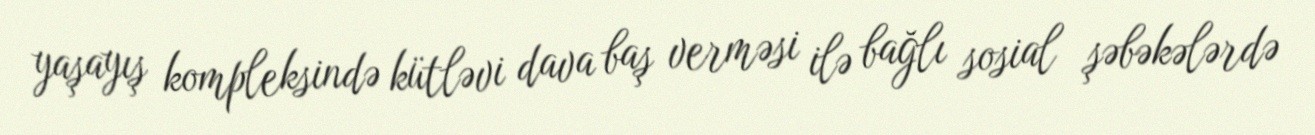
yaşayış kompleksində kütləvi dava baş verməsi ilə bağlı sosial şəbəkələrdə